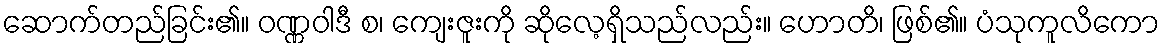
ဆောက်တည်ခြင်း၏။ ဝဏ္ဏဝါဒီ စ၊ ကျေးဇူးကို ဆိုလေ့ရှိသည်လည်း။ ဟောတိ၊ ဖြစ်၏။ ပံသုကူလိကော